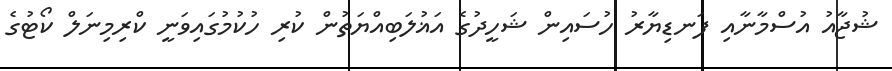
ޝުޖާއު އުސްމާނާއި ފަނޑިޔާރު ހުސައިން ޝަހީދުގެ އަޣުލަބިއްޔަތުން ކުރި ހުކުމުގައިވަނީ ކްރިމިނަލް ކޯޓުގެ